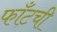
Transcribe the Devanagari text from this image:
फाँटची